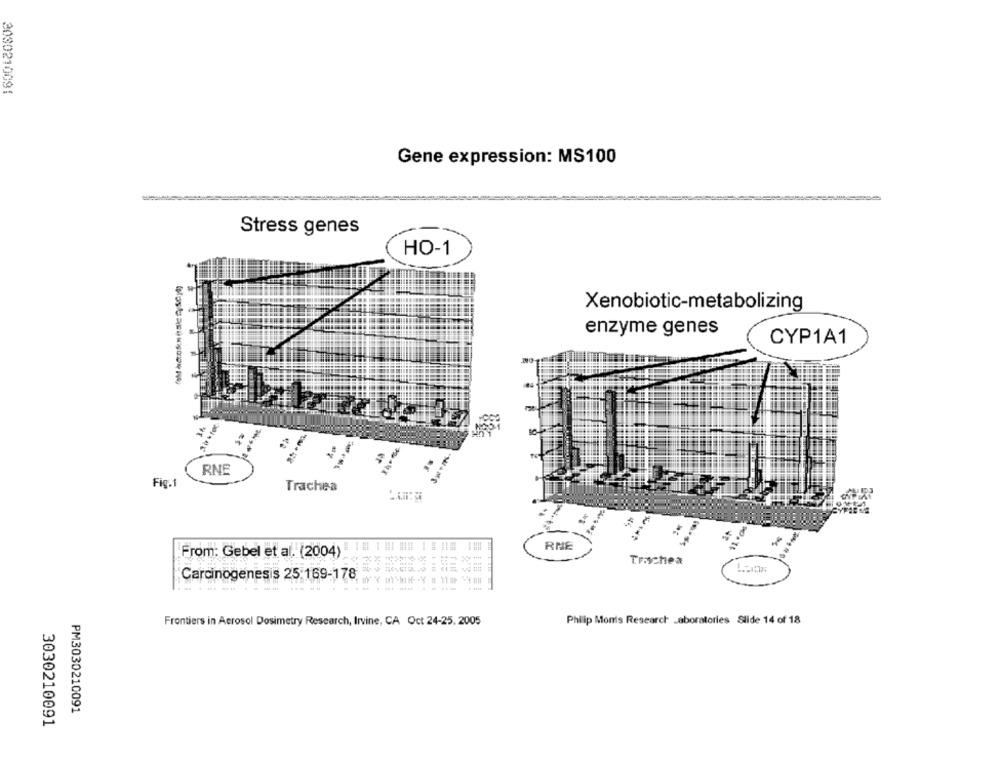
3030210091
Gene expression: MS100
Stress genes
HO-1
Xenobiotic-metabolizing
enzyme genes
CYP1A1
RNE
Fig.1
Trachea
RNE
From: Gebel et al. (2004)
Trachea
Carcinogenesis 25:169-178
------
...-
Frontiers in Aerosol Dosimetry Research, Irvine, CA Oct 24-25, 2005
Philip Monis Research Laboratories Slide 14 of 18
PM3030210091
3030210091